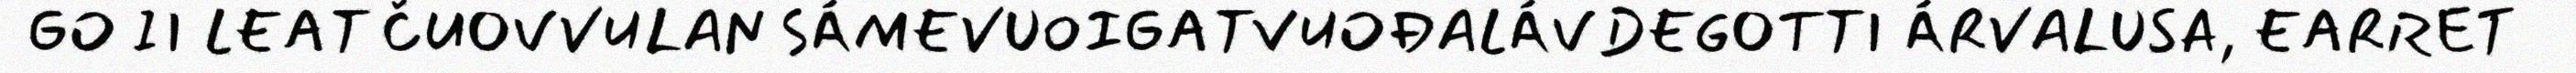
GO II LEAT ČUOVVULAN SÁMEVUOIGATVUOĐALÁVDEGOTTI ÁRVALUSA, EARRET